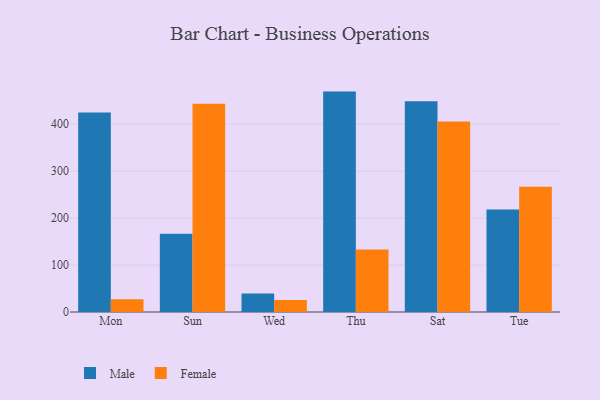
{"axis": {"x": "Day", "y": "Satisfaction Score"}, "legend": ["Female", "Male"], "data": [{"x": "Mon", "y": 424.9, "type": "Male"}, {"x": "Mon", "y": 27.2, "type": "Female"}, {"x": "Sun", "y": 166.9, "type": "Male"}, {"x": "Sun", "y": 443.7, "type": "Female"}, {"x": "Wed", "y": 39.2, "type": "Male"}, {"x": "Wed", "y": 25.4, "type": "Female"}, {"x": "Thu", "y": 469.5, "type": "Male"}, {"x": "Thu", "y": 133.2, "type": "Female"}, {"x": "Sat", "y": 449.0, "type": "Male"}, {"x": "Sat", "y": 406.0, "type": "Female"}, {"x": "Tue", "y": 218.3, "type": "Male"}, {"x": "Tue", "y": 266.7, "type": "Female"}]}